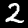
Digit: 2